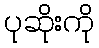
ပုဆိုးကို